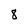
Character: 8